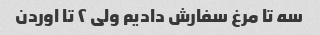
سه تا مرغ سفارش دادیم ولی ۲ تا اوردن